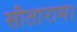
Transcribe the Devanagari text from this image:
सीताराम।